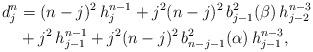
LaTeX: \begin{align*} d_j^n &= (n-j)^2 \, h_j ^{n-1} + j^2 (n-j)^2\, b^2_{j-1}(\beta) \, h_{j-2}^{n-3} \\ &+ j^2 \, h_{j-1}^{n-1} + j^2 (n-j)^2\, b^2_{n-j-1}(\alpha) \, h_{j-1}^{n-3},\end{align*}